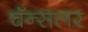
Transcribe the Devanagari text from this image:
चॅन्सलर